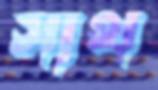
সাথ